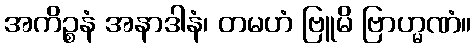
အကိဉ္စနံ အနာဒါနံ၊ တမဟံ ဗြူမိ ဗြာဟ္မဏံ။